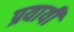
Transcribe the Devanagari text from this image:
प्रयायी